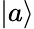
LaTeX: \left|a\right\rangle